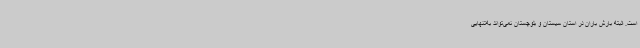
است. البته بارش باران در استان سیستان و بلوچستان نمی‌تواند به‌تنهایی